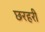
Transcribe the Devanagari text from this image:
छरहरी